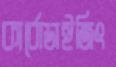
কার্বোডাইজিং